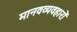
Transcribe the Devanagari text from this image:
मानवव्यवहारों